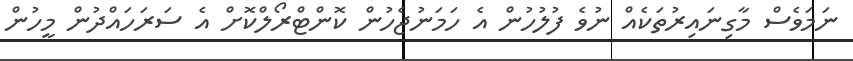
ނަމަވެސް މާގިނައިރުތަކެއް ނުވެ ފުލުހުން އެ ހަމަނުޖެހުން ކޮންޓްރޯލްކޮށް އެ ސަރަހައްދުން މީހުން